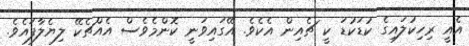
އެއީ ރިހިކުލައިގެ ކުޑަކުޑަ ކީ ޗެއިން އެކެވެ. އޭގައިވަނީ ކޮންމެވެސް އެއްޗެކޭ ލިޔެލާފައެވެ.